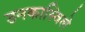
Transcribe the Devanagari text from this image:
उनकास्विले